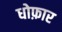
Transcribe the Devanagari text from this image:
धोफ़ार